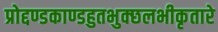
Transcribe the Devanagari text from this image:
प्रोद्दण्डकाण्डहुतभुक्छलभीकृतारे